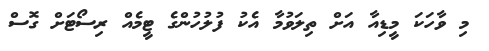
މި ވާހަކަ މީޑިއާ އަށް ތިލަވުމާ އެކު ފުލުހުންގެ ޓީމެއް ރިސޯޓަށް ގޮސް